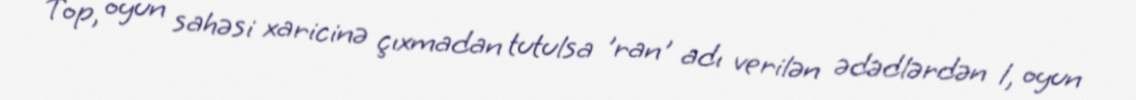
Top, oyun sahəsi xaricinə çıxmadan tutulsa 'ran' adı verilən ədədlərdən 1, oyun